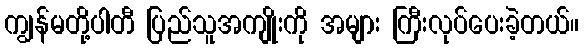
ကျွန်မတို့ပါတီ ပြည်သူအကျိုးကို အများ ကြီးလုပ်ပေးခဲ့တယ်။